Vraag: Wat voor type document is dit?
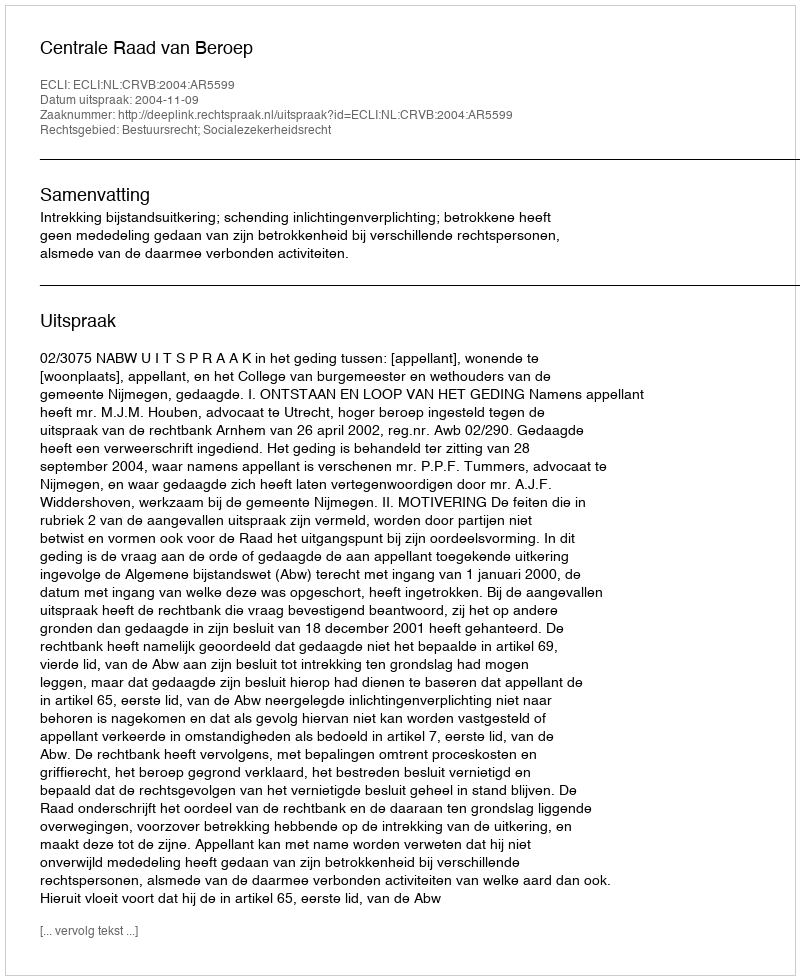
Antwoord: Uitspraak